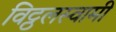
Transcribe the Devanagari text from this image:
विट्ठलस्वामी